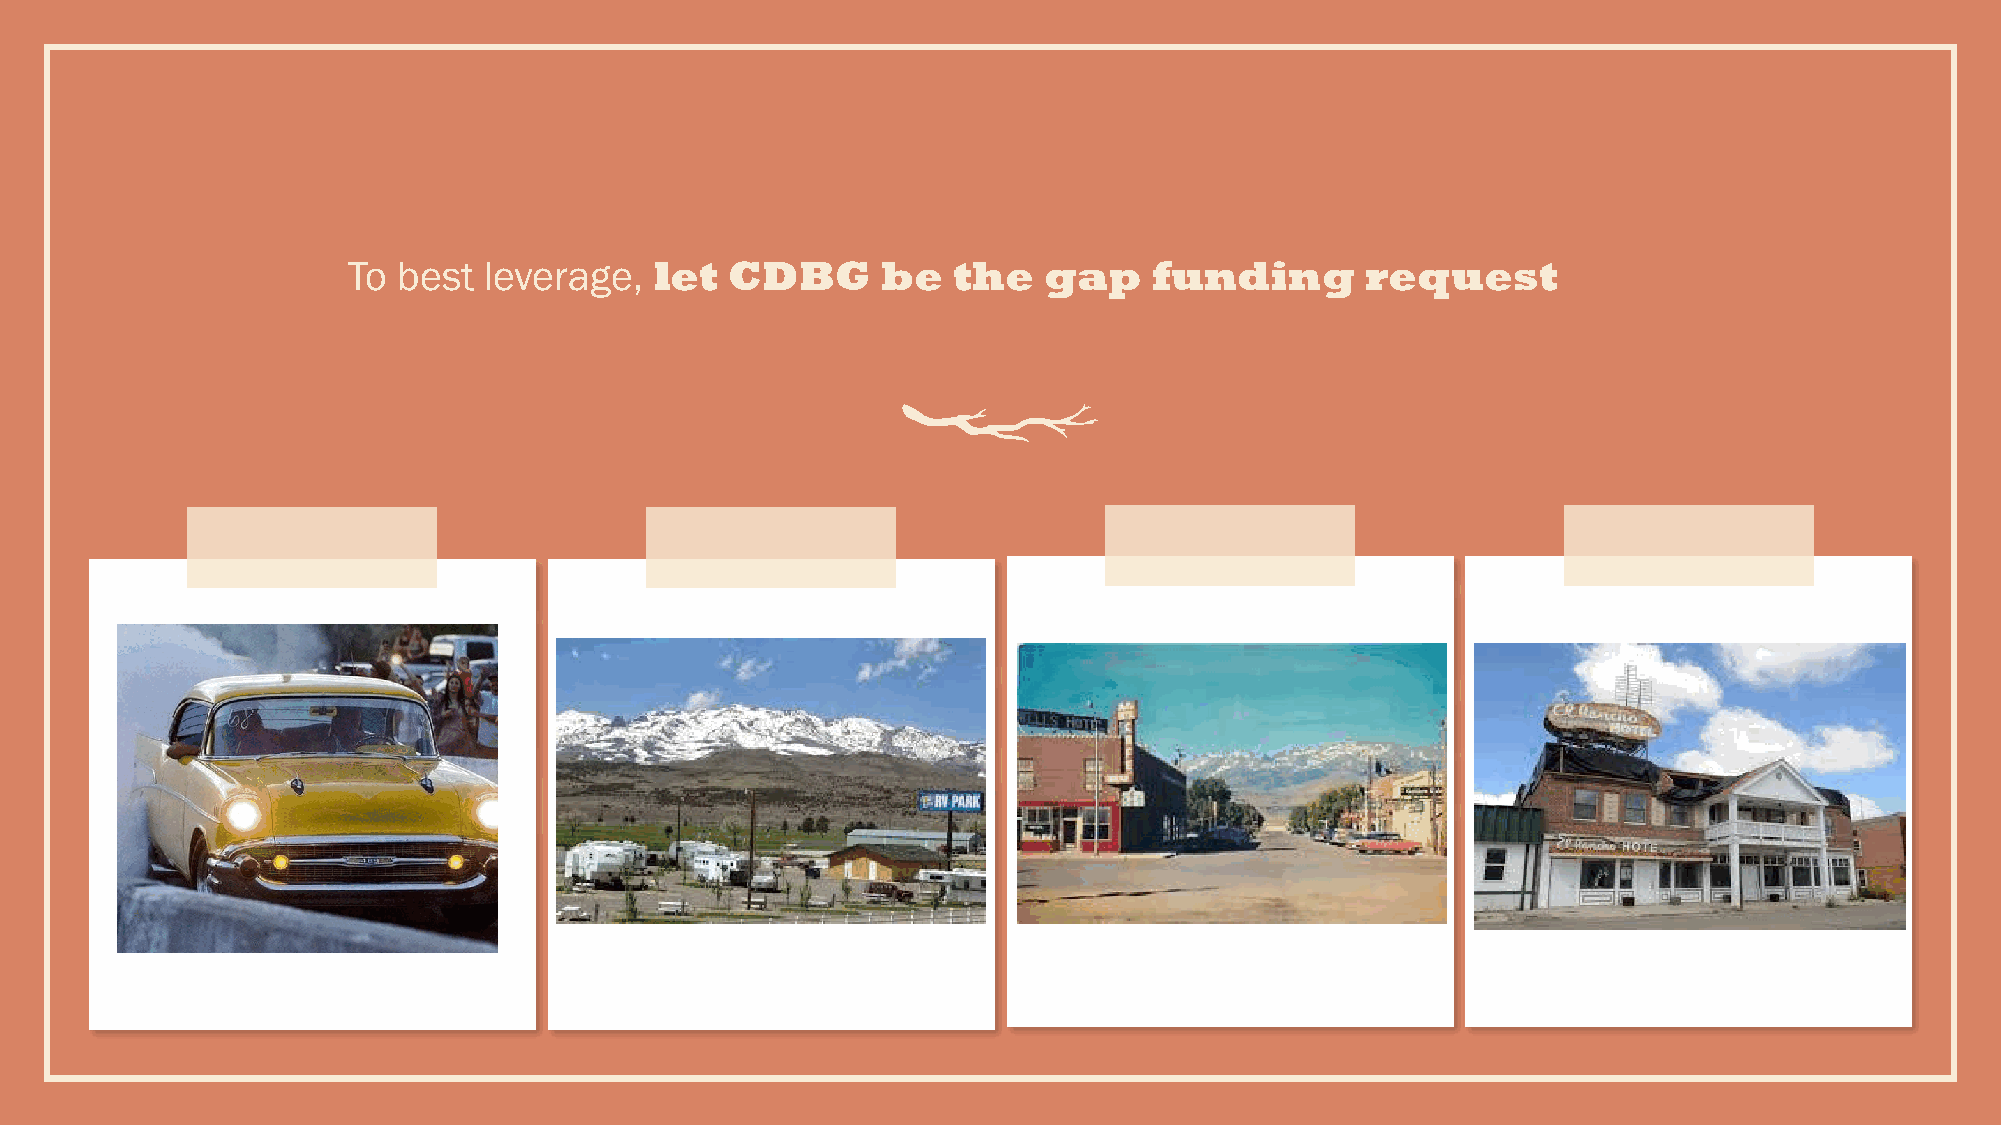
To best  leverage,  let  CDBG      be   the   gap    funding       request